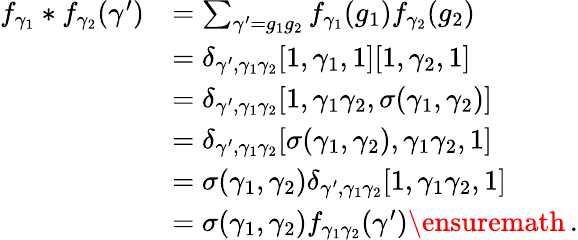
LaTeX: \begin{array}{rl}{f_{\gamma_{1}}*f_{\gamma_{2}}(\gamma^{\prime})}&{=\sum_{\gamma^{\prime}=g_{1}g_{2}}f_{\gamma_{1}}(g_{1})f_{\gamma_{2}}(g_{2})}\\ &{=\delta_{\gamma^{\prime},\gamma_{1}\gamma_{2}}[1,\gamma_{1},1][1,\gamma_{2},1]}\\ &{=\delta_{\gamma^{\prime},\gamma_{1}\gamma_{2}}[1,\gamma_{1}\gamma_{2},\sigma(\gamma_{1},\gamma_{2})]}\\ &{=\delta_{\gamma^{\prime},\gamma_{1}\gamma_{2}}[\sigma(\gamma_{1},\gamma_{2}),\gamma_{1}\gamma_{2},1]}\\ &{=\sigma(\gamma_{1},\gamma_{2})\delta_{\gamma^{\prime},\gamma_{1}\gamma_{2}}[1,\gamma_{1}\gamma_{2},1]}\\ &{=\sigma(\gamma_{1},\gamma_{2})f_{\gamma_{1}\gamma_{2}}(\gamma^{\prime})\ensuremath{\, \mathrm{.}}}\end{array}